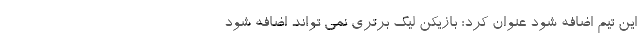
این تیم اضافه شود عنوان کرد: بازیکن لیگ برتری نمی تواند اضافه شود